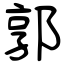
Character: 郭